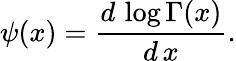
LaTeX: \psi(x)=\frac{d\, \log\Gamma(x)}{d\, x}.